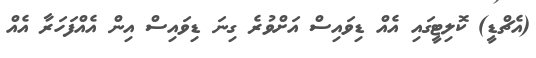
(އެޗްޑީ) ކޮލިޓީގައި އެއް ޑިވައިސް އަށްވުރެ ގިނަ ޑިވައިސް އިން އެއްފަހަރާ އެއް